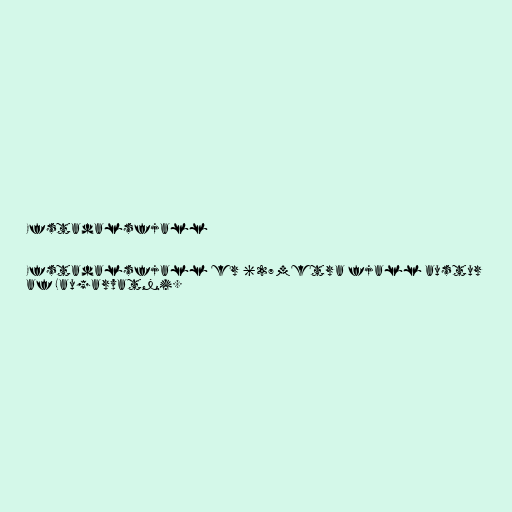
Efstadalsfjall

Efstadalsfjall er 627 metra fjall austur
af Laugarvatni.